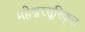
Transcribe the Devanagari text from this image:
महेश्वरसूरिकृत